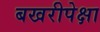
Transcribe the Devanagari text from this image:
बखरीपेक्षा